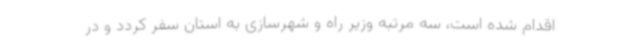
اقدام شده است، سه مرتبه وزیر راه و شهرسازی به استان سفر کردد و در